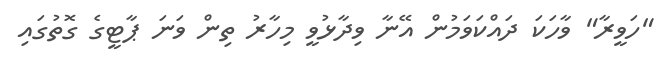
"ހަވީރާ" ވާހަކަ ދައްކަވަމުން އޭނާ ވިދާޅުވީ މިހާރު ތިން ވަނަ ޕާޓީގެ ގޮތުގައި